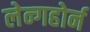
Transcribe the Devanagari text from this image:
लेन्गहोर्न